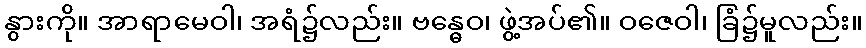
နွားကို။ အာရာမေဝါ၊ အရံ၌လည်း။ ဗန္ဓေဝ၊ ဖွဲ့အပ်၏။ ဝဇေဝါ၊ ခြံ၌မူလည်း။